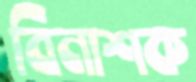
বিনাশক